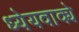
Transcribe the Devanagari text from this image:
ध्येयवाक्ये